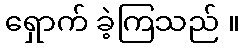
ရှောက် ခဲ့ကြသည် ။